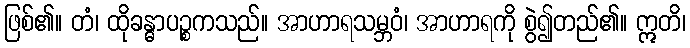
ဖြစ်၏။ တံ၊ ထိုခန္ဓာပဉ္စကသည်။ အာဟာရသမ္ဘဝံ၊ အာဟာရကို စွဲ၍တည်၏။ ဣတိ၊